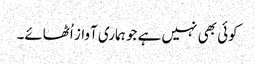
کوئی بھی نہیں ہے جو ہماری آواز اُٹھائے۔